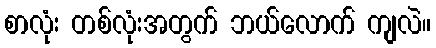
စာလုံး တစ်လုံးအတွက် ဘယ်လောက် ကျလဲ။